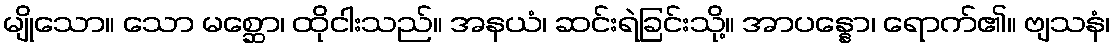
မျိုသော။ သော မစ္ဆော၊ ထိုငါးသည်။ အနယံ၊ ဆင်းရဲခြင်းသို့။ အာပန္နော၊ ရောက်၏။ ဗျသနံ၊